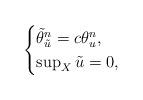
LaTeX: \begin{align*} \begin{cases} \tilde{\theta}_{\tilde{u}}^n=c\theta_u^n,\\ \sup_X\tilde{u}=0, \end{cases} \end{align*}